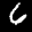
Label: 6